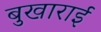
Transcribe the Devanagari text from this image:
बुखाराई